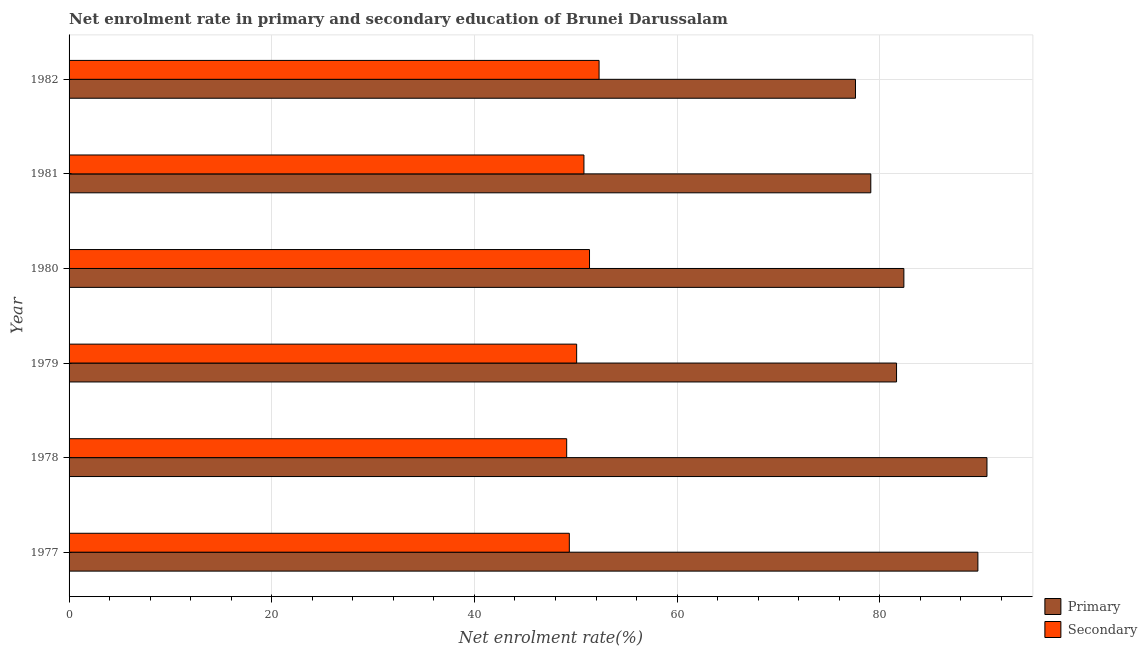
| Year | Primary | Secondary |
 | --- | --- | --- |
 | 1977 | 89.7 | 49.4 |
 | 1978 | 90.6 | 49.1 |
 | 1979 | 81.7 | 50.1 |
 | 1980 | 82.4 | 51.4 |
 | 1981 | 79.1 | 50.8 |
 | 1982 | 77.6 | 52.3 |